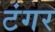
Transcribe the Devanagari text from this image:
टंगर